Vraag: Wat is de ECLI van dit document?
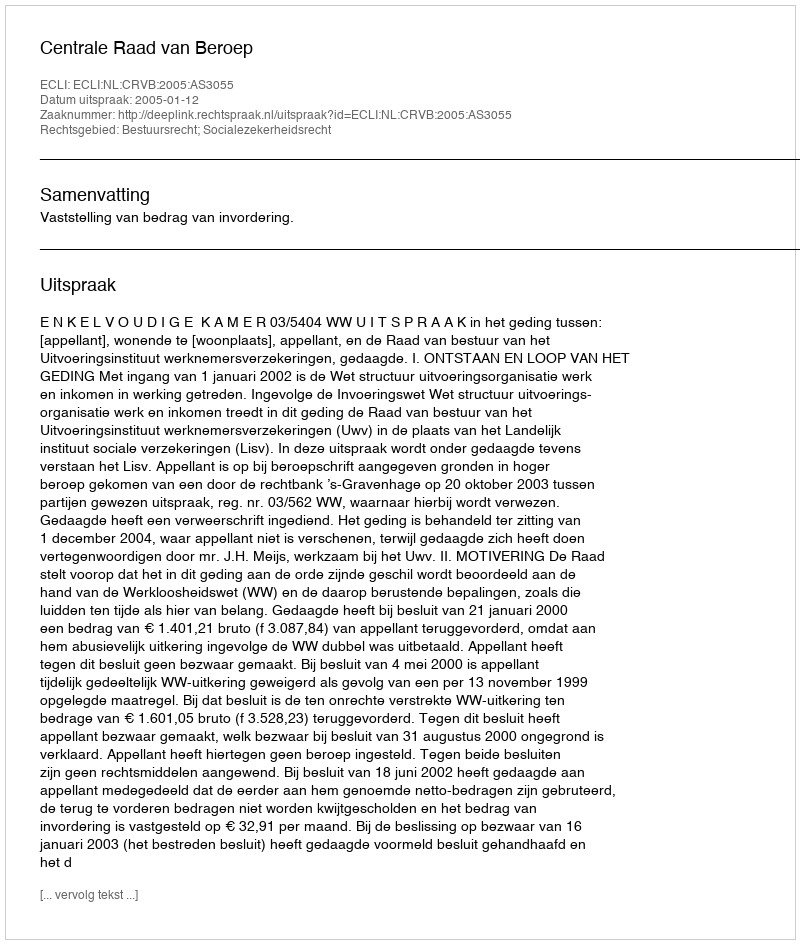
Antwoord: ECLI:NL:CRVB:2005:AS3055